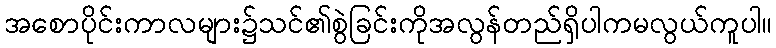
အစောပိုင်းကာလများ၌သင်၏စွဲခြင်းကိုအလွန်တည်ရှိပါကမလွယ်ကူပါ။